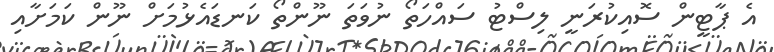
އެ ޕާޓީން ސޮއިކުރަނީ ލިސްޓު ސައްހަތޯ ނުވަތަ ނޫންތޯ ކަނޑައެޅުމަށް ނޫން ކަމަށާއި